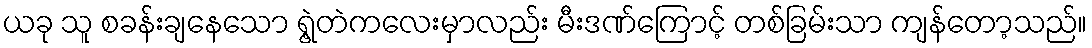
ယခု သူ စခန်းချနေသော ရွဲ့တဲကလေးမှာလည်း မီးဒဏ်ကြောင့် တစ်ခြမ်းသာ ကျန်တော့သည်။